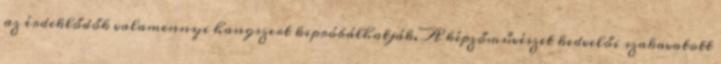
az érdeklődők valamennyi hangszert kipróbálhatják. A képzőművészet kedvelői szakavatott